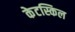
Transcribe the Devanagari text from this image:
केटस्किल